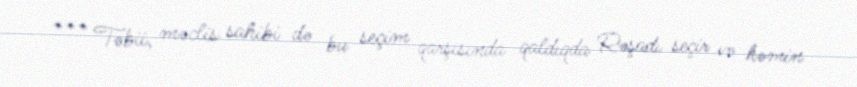
*** Təbii, məclis sahibi də bu seçim qarşısında qaldıqda Rəşadı seçir və həmin